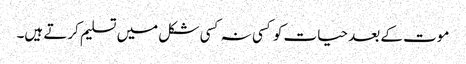
موت کے بعد حیات کو کسی نہ کسی شکل میں تسلیم کرتے ہیں۔